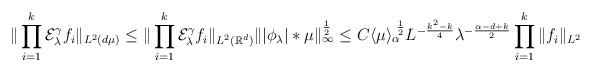
LaTeX: \begin{align*} \| \prod_{i=1}^k \mathcal E_\lambda^\gamma f_i \|_{L^2(d\mu)} \le \| \prod_{i=1}^k \mathcal E_\lambda^\gamma f_i \|_{L^2(\mathbb R^d)} \| | \phi_\lambda | \ast \mu\|^{\frac12}_{\infty} \le C \langle \mu \rangle_\alpha^{\,\,\frac12} L^{-\frac {k^2 - k}{4}} \lambda^{-\frac{\alpha - d +k}{2}} \prod_{i=1}^k \| f_i \|_{L^2} \end{align*}